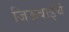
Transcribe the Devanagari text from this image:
जिऊबाईचे